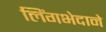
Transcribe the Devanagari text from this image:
लिंगभेदाने